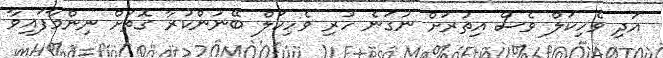
އަދި ވެހިކަލް ވެސް އިތުރަށް ނުގަނެ ހުރި ވެހިކަލް ބޭނުންކުރާ ގޮތަށް ނިންމާފައިވާ